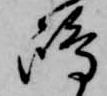
嶋